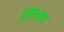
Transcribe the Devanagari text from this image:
रेपिनला